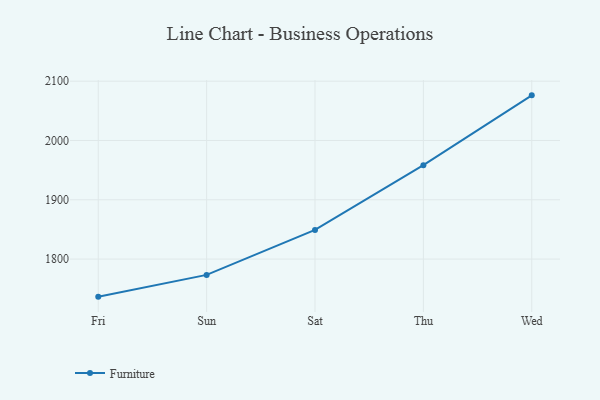
{"axis": {"x": "Day", "y": "Tickets Resolved"}, "legend": ["Furniture"], "data": [{"x": "Fri", "y": 1736.6, "type": "Furniture"}, {"x": "Sun", "y": 1773.3, "type": "Furniture"}, {"x": "Sat", "y": 1849.1, "type": "Furniture"}, {"x": "Thu", "y": 1958.3, "type": "Furniture"}, {"x": "Wed", "y": 2076.1, "type": "Furniture"}]}